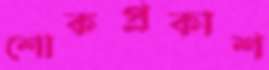
শোকপ্রকাশ